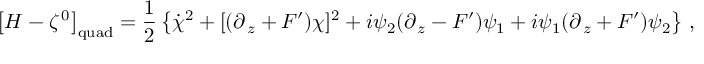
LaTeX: \left[ { \cal H } - \zeta ^ { \, 0 } \right] _ { \mathrm { q u a d } } = \frac { 1 } { 2 } \left\{ \dot { \chi } ^ { 2 } + [ ( \partial _ { \, z } + F ^ { \prime } ) \chi ] ^ { 2 } + i \psi _ { 2 } ( \partial _ { \, z } - F ^ { \prime } ) \psi _ { 1 } + i \psi _ { 1 } ( \partial _ { \, z } + F ^ { \prime } ) \psi _ { 2 } \right\} \, ,